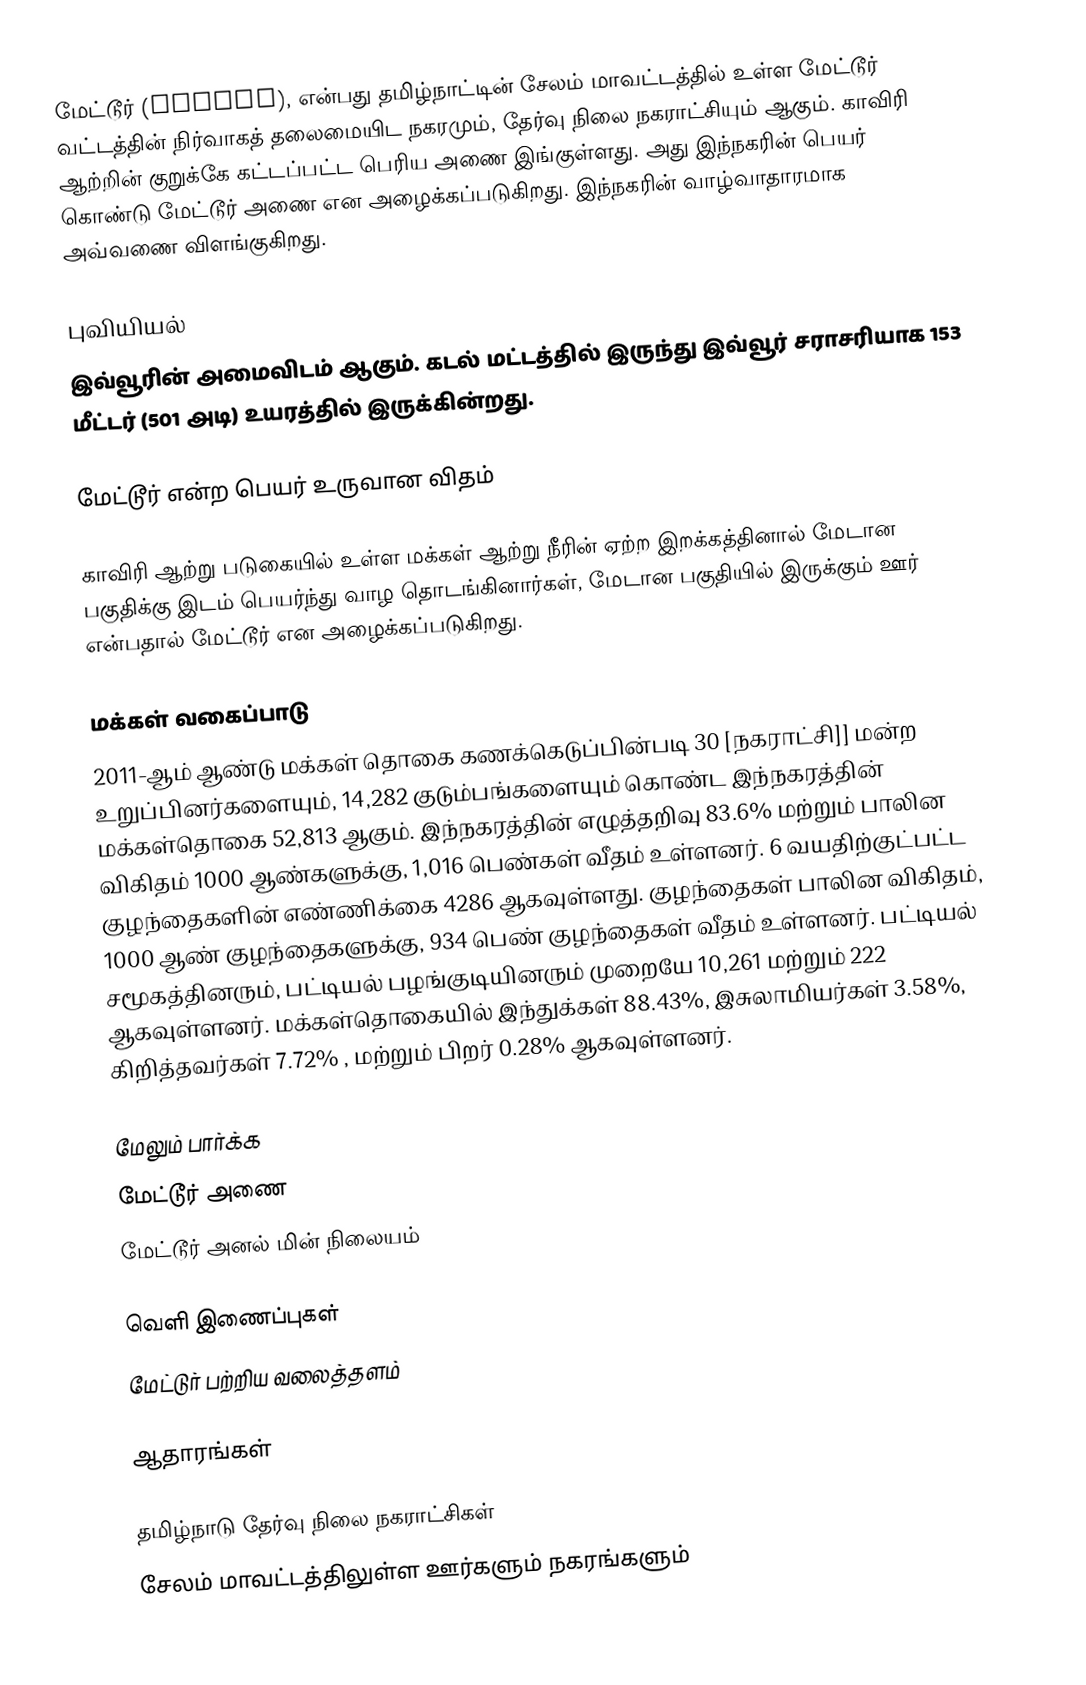
மேட்டூர் (Mettur), என்பது தமிழ்நாட்டின் சேலம் மாவட்டத்தில் உள்ள மேட்டூர் வட்டத்தின் நிர்வாகத் தலைமையிட நகரமும், தேர்வு நிலை நகராட்சியும்  ஆகும். காவிரி ஆற்றின் குறுக்கே கட்டப்பட்ட பெரிய அணை இங்குள்ளது. அது இந்நகரின் பெயர் கொண்டு மேட்டூர் அணை என அழைக்கப்படுகிறது. இந்நகரின் வாழ்வாதாரமாக அவ்வணை விளங்குகிறது.

புவியியல்
இவ்வூரின் அமைவிடம்  ஆகும். கடல் மட்டத்தில் இருந்து இவ்வூர் சராசரியாக 153 மீட்டர் (501 அடி) உயரத்தில் இருக்கின்றது.

மேட்டூர் என்ற பெயர் உருவான விதம்

காவிரி ஆற்று படுகையில் உள்ள மக்கள் ஆற்று நீரின் ஏற்ற இறக்கத்தினால் மேடான பகுதிக்கு இடம் பெயர்ந்து வாழ தொடங்கினார்கள், மேடான பகுதியில் இருக்கும் ஊர் என்பதால் மேட்டூர் என அழைக்கப்படுகிறது.

மக்கள் வகைப்பாடு
2011-ஆம் ஆண்டு மக்கள் தொகை கணக்கெடுப்பின்படி 30 [நகராட்சி]] மன்ற உறுப்பினர்களையும், 14,282   குடும்பங்களையும் கொண்ட இந்நகரத்தின் மக்கள்தொகை 52,813 ஆகும். இந்நகரத்தின் எழுத்தறிவு 83.6%  மற்றும் பாலின விகிதம் 1000 ஆண்களுக்கு, 1,016 பெண்கள் வீதம் உள்ளனர். 6 வயதிற்குட்பட்ட குழந்தைகளின்  எண்ணிக்கை 4286 ஆகவுள்ளது. குழந்தைகள் பாலின விகிதம், 1000 ஆண் குழந்தைகளுக்கு, 934  பெண் குழந்தைகள் வீதம் உள்ளனர். பட்டியல் சமூகத்தினரும், பட்டியல் பழங்குடியினரும்  முறையே 10,261 மற்றும் 222 ஆகவுள்ளனர். மக்கள்தொகையில் இந்துக்கள் 88.43%,  இசுலாமியர்கள் 3.58%, கிறித்தவர்கள் 7.72% , மற்றும் பிறர் 0.28% ஆகவுள்ளனர்.

மேலும் பார்க்க
 மேட்டூர் அணை
 மேட்டூர் அனல் மின் நிலையம்

வெளி இணைப்புகள்
 மேட்டுர் பற்றிய வலைத்தளம்

ஆதாரங்கள்

தமிழ்நாடு தேர்வு நிலை நகராட்சிகள்
சேலம் மாவட்டத்திலுள்ள ஊர்களும் நகரங்களும்